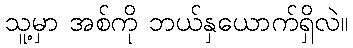
သူ့မှာ အစ်ကို ဘယ်နှယောက်ရှိလဲ။